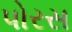
પોરસ